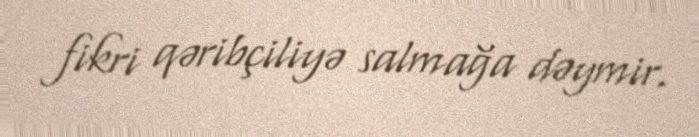
fikri qəribçiliyə salmağa dəymir.